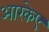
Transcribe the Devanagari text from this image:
आरकेए